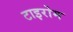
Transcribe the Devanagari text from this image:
टाइरोम